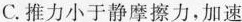
C.推力小于静摩擦力，加速